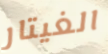
الغيتار